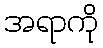
အရာကို